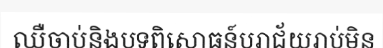
ឈឺចាប់និងបទពិសោធន៍បរាជ័យរាប់មិន